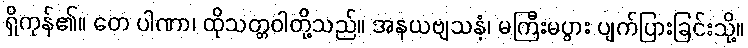
ရှိကုန်၏။ တေ ပါဏာ၊ ထိုသတ္တဝါတို့သည်။ အနယဗျသနံ၊ မကြီးမပွား ပျက်ပြားခြင်းသို့။